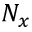
N _ { x }